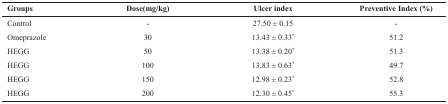
| Groups | Dose(mg/kg) | Ulcer index | Preventive Index (%) |
 | --- | --- | --- | --- |
 | Control | - | 27.50±0.15 | - |
 | Omeprazole | 30 | 13.43±0.33∗ | 51.2 |
 | HEGG | 50 | 13.38±0.20∗ | 51.3 |
 | HEGG | 100 | 13.83±0.63∗ | 49.7 |
 | HEGG | 150 | 12.98±0.23∗ | 52.8 |
 | HEGG | 200 | 12.30±0.45∗ | 55.3 |